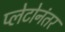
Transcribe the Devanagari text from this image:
प्लेटोनंतर